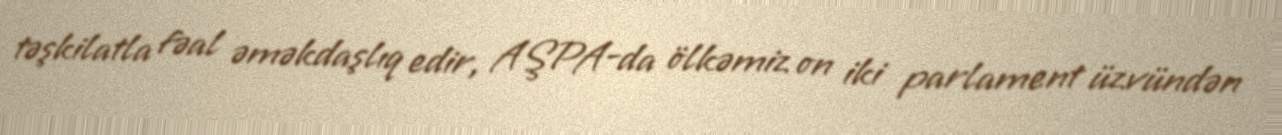
təşkilatla fəal əməkdaşlıq edir, AŞPA-da ölkəmiz on iki parlament üzvündən